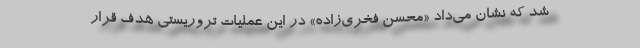
شد که نشان می‌داد «محسن فخری‌زاده» در این عملیات تروریستی هدف قرار